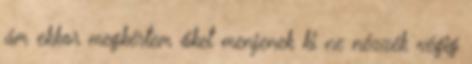
ám ekkor megkértem őket menjenek ki ne nézzék végig